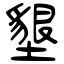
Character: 墾